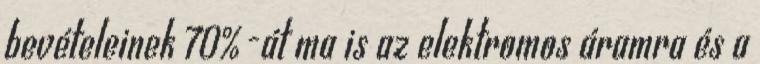
bevételeinek 70%-át ma is az elektromos áramra és a